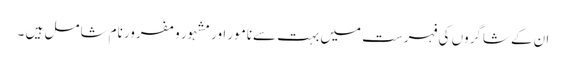
ان کے شاگروں کی فہرست میں بہت سےنامور اور مشہور و مفرور نام شامل ہیں ۔